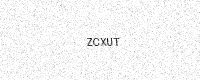
Text: ZCXUT